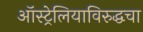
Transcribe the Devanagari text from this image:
ऑस्ट्रेलियाविरुद्धचा